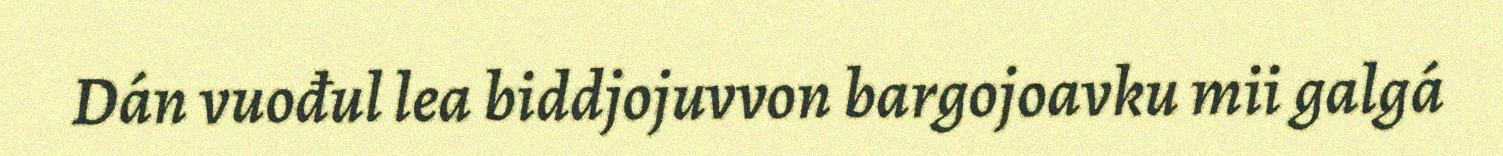
Dán vuođul lea biddjojuvvon bargojoavku mii galgá